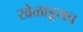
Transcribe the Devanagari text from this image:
खेळाडूसच